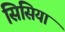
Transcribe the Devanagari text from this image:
सिसिया